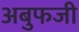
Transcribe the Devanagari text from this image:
अबुफजी